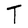
Character: T